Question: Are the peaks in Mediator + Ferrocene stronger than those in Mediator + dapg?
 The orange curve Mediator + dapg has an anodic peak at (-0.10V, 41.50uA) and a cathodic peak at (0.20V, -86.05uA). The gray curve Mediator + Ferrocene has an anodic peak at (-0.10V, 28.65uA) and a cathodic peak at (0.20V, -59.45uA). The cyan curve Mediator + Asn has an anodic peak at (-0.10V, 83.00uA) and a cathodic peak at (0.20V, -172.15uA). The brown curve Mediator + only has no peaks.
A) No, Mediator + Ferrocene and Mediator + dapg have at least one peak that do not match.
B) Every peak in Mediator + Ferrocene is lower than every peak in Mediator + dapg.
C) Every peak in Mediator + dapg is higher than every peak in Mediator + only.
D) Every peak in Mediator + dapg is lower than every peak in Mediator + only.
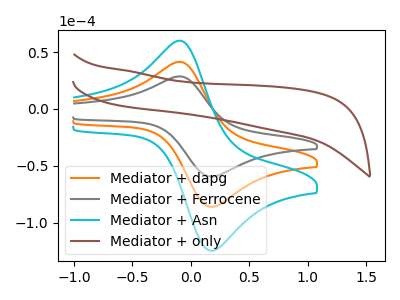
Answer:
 <answer>B) Every peak in "Mediator + Ferrocene" is lower than every peak in "Mediator + dapg".</answer>
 <eval>B</eval>